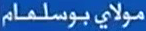
مولايبوسلمام